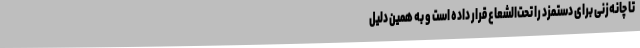
تا چانه‌زنی برای دستمزد را تحت‌الشعاع قرار داده است و به همین دلیل